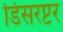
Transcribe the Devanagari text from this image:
डिसरप्टर